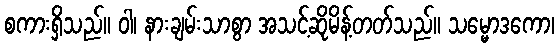
စကားရှိသည်။ ဝါ၊ နားချမ်းသာစွာ အသင့်ဆိုမိန့်တတ်သည်။ သမ္မောဒကော၊